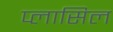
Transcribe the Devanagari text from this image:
प्लासिल